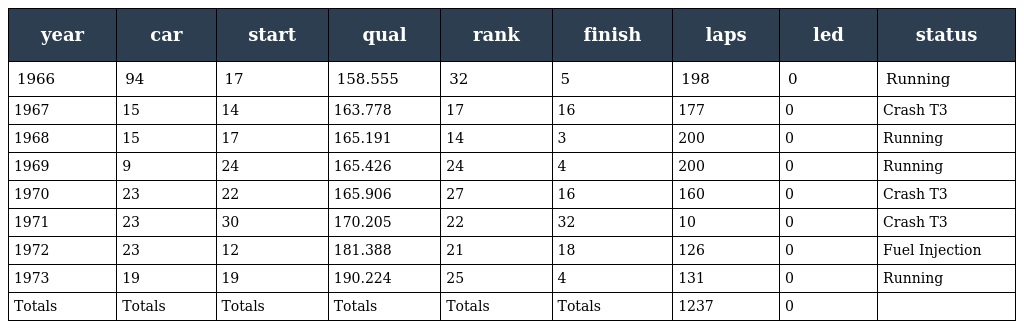
| year | car | start | qual | rank | finish | laps | led | status |
 | --- | --- | --- | --- | --- | --- | --- | --- | --- |
 | 1966 | 94 | 17 | 158.555 | 32 | 5 | 198 | 0 | Running |
 | 1967 | 15 | 14 | 163.778 | 17 | 16 | 177 | 0 | Crash T3 |
 | 1968 | 15 | 17 | 165.191 | 14 | 3 | 200 | 0 | Running |
 | 1969 | 9 | 24 | 165.426 | 24 | 4 | 200 | 0 | Running |
 | 1970 | 23 | 22 | 165.906 | 27 | 16 | 160 | 0 | Crash T3 |
 | 1971 | 23 | 30 | 170.205 | 22 | 32 | 10 | 0 | Crash T3 |
 | 1972 | 23 | 12 | 181.388 | 21 | 18 | 126 | 0 | Fuel Injection |
 | 1973 | 19 | 19 | 190.224 | 25 | 4 | 131 | 0 | Running |
 | Totals | Totals | Totals | Totals | Totals | Totals | 1237 | 0 |  |